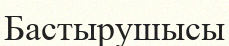
Бастырушысы